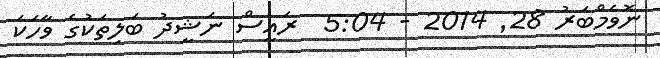
ނޮވެމްބަރު 28